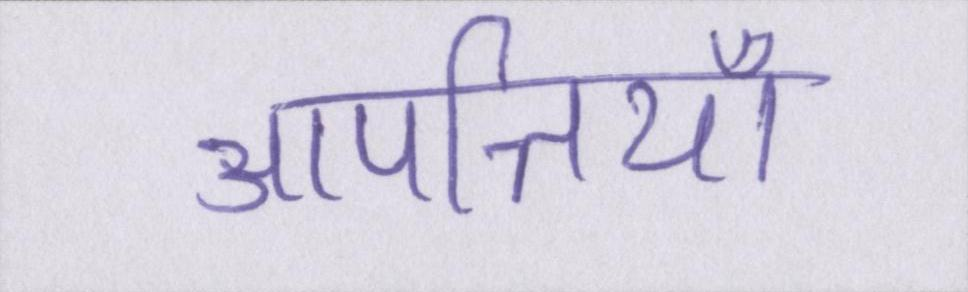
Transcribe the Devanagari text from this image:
आपत्तियाँ